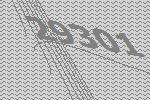
29301